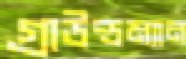
গ্রাউন্ডম্যান